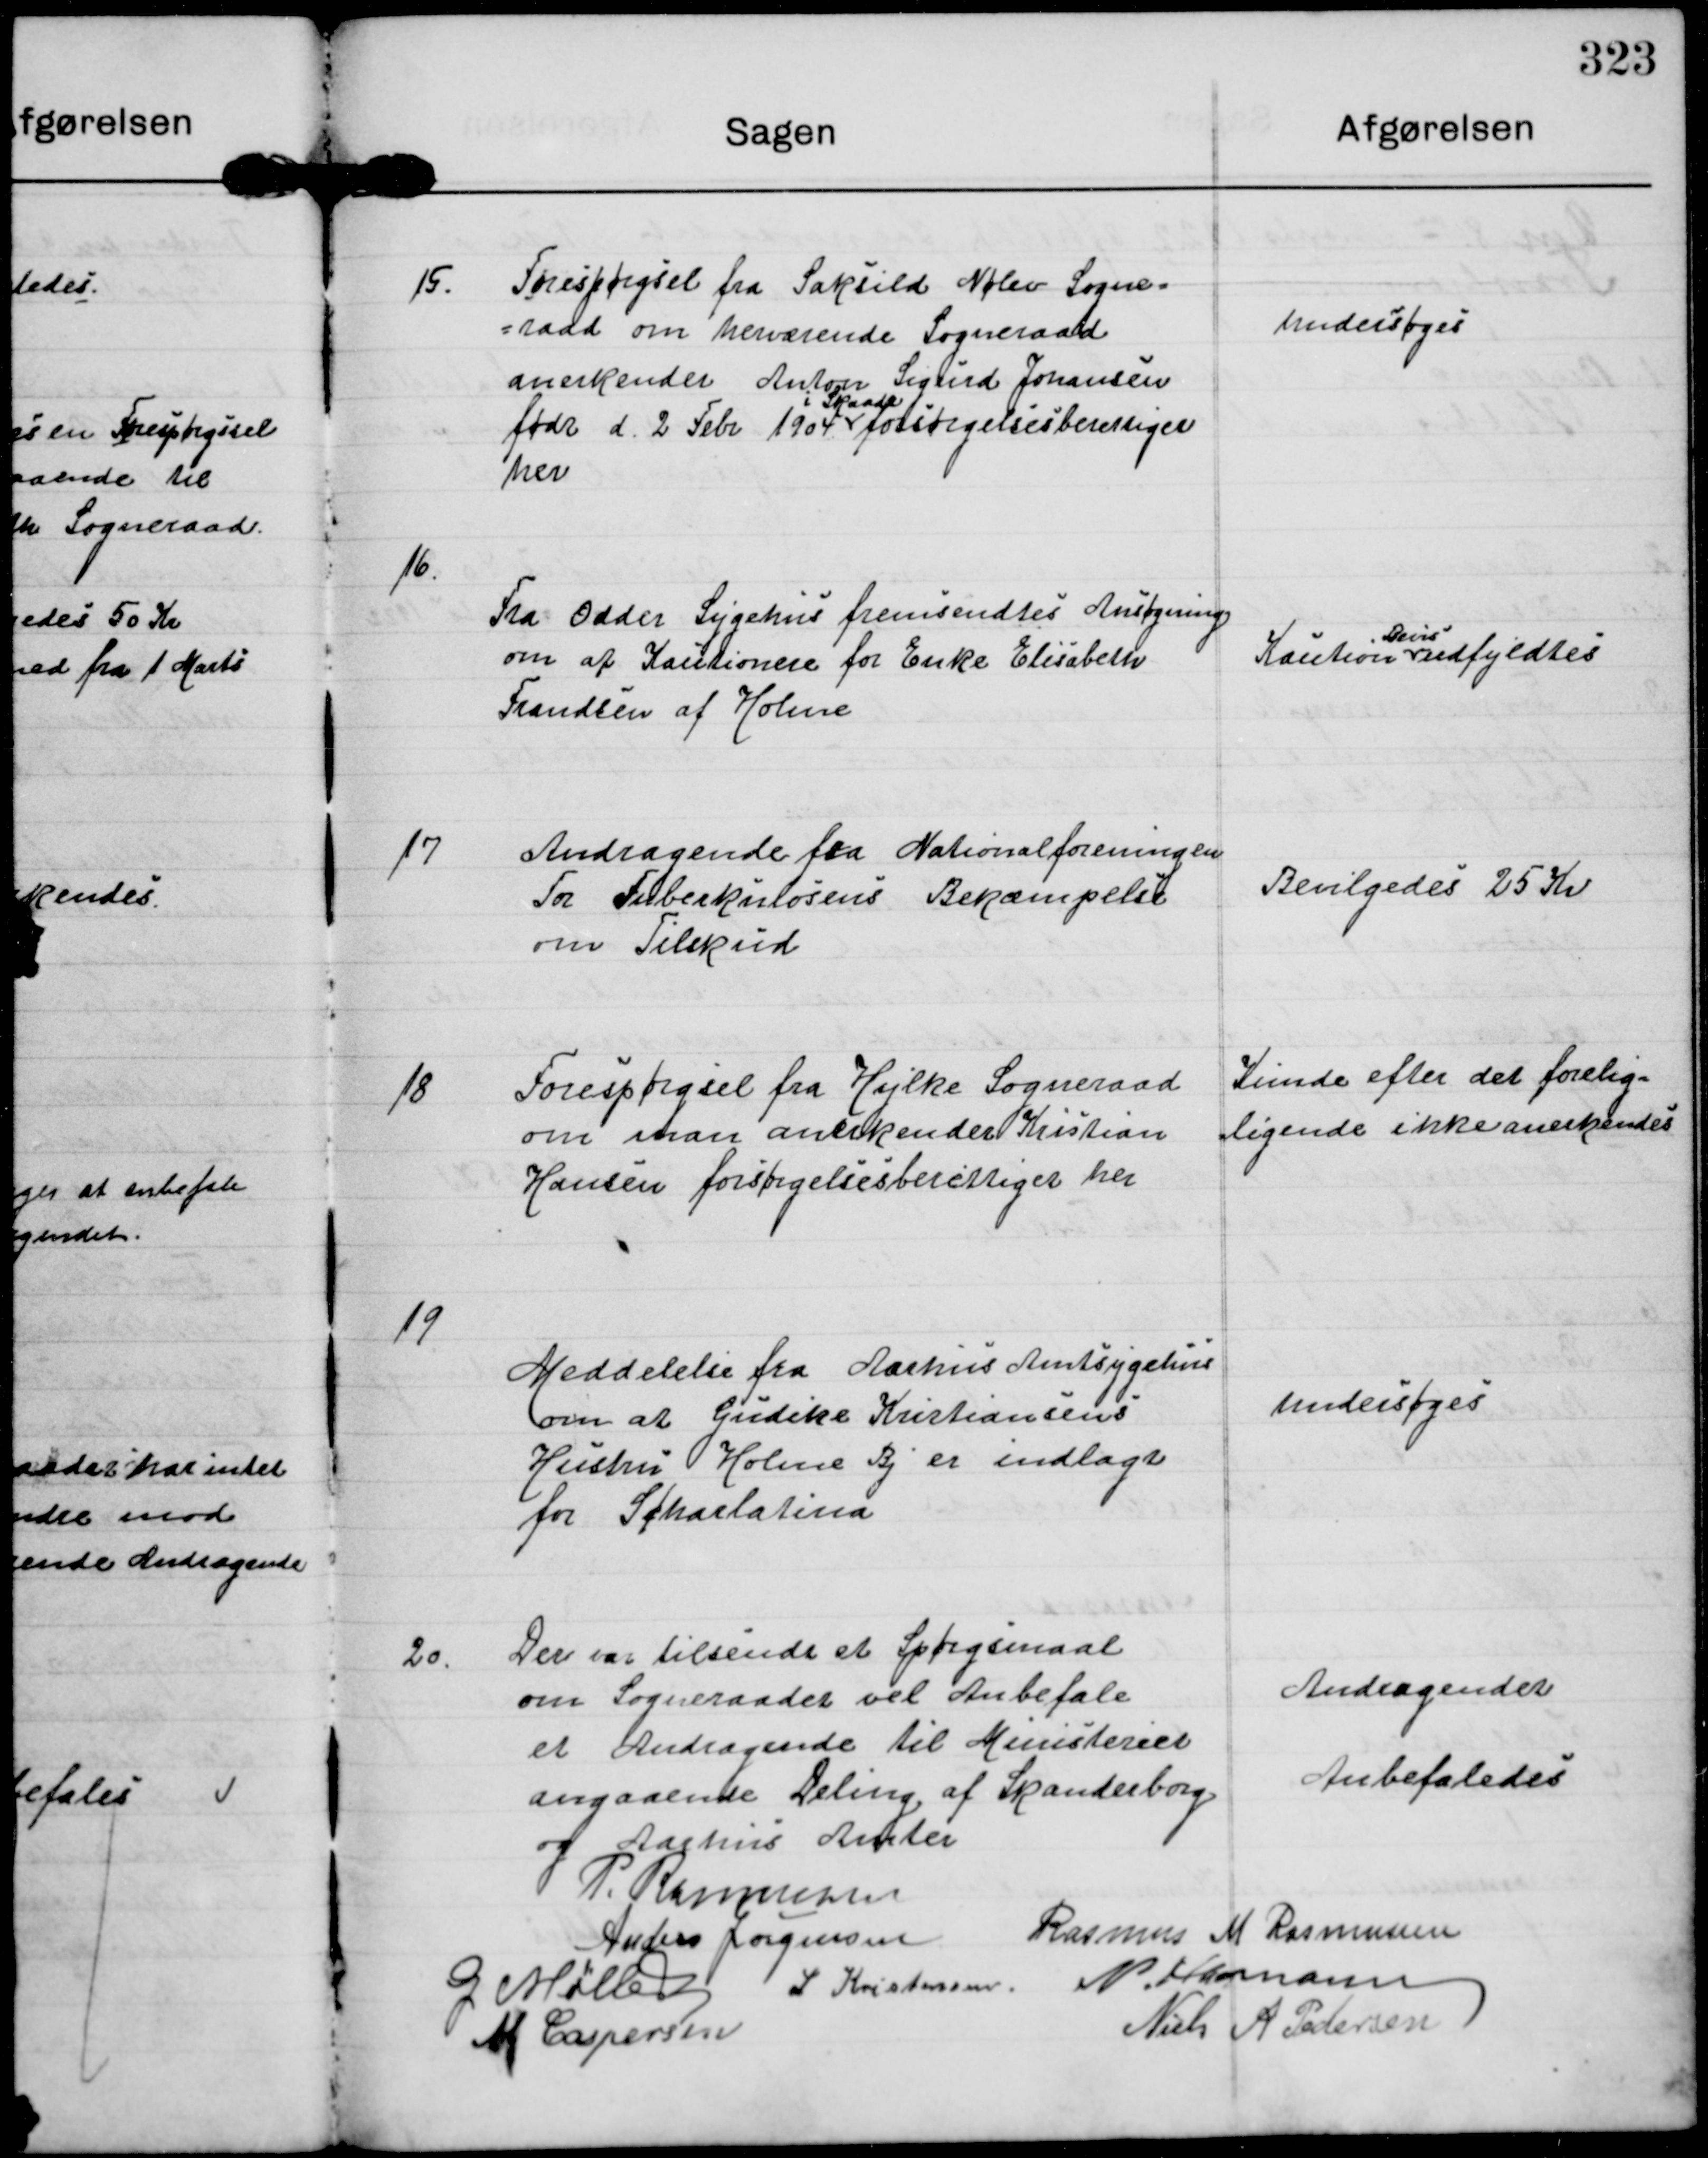
Transskription:
15. Forespørgsel fra Saksild Nølev Sogne-
raad om herværende Sogneraad
anerkender Anton Sigurd Johansen
født d. 2 Febr 1904
i Skaade
forsørgelsesberettiget
her

undersøges

16.
Fra Odder Sygehus fremsendtes Ansøgning
om af Kautionere for Enke Elisabeth
Frandsen af Holme

Kaution Bevis udfyldtes

17
Andragende fra Nationalforeningen
For Tuberkulosens Bekæmpelse.
om Tilskud

Bevilgedes 25 Kr

18
Forespørgsel fra Hylke Sogneraad
om man anerkender Kristian
Hansen forsørgelsesberettiget her

Kunde efter det forelig-
ligende ikke anerkendes

19
Meddelelse fra Aarhus Amtsygehus
om at Gudike Kristiansens
Hustru Holme Bj er indlagt
for Scarlatina

undersøges.

20. Der var tilsendt et Spørgsmaal
om Sogneraadet vil Anbefale
et Andragende til Ministeriet
angaaende Deling af Skanderborg
og Aarhus Amter

Andragendet
Anbefaledes

P. Rasmussen
Anders Jørgensen Rasmus M Rasmussen
G Møller L. Kristensen N. Hamann
M Caspersen
Niels A Pedersen